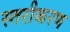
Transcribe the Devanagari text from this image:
स्‍तरीकरण